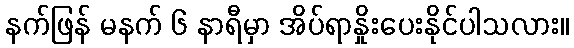
နက်ဖြန် မနက် ၆ နာရီမှာ အိပ်ရာနှိုးပေးနိုင်ပါသလား။